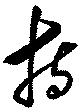
持